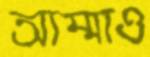
আম্মাও